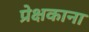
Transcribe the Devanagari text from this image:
प्रेक्षकाना